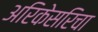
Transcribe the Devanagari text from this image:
अरिकेसरिचा